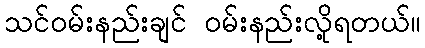
သင်ဝမ်းနည်းချင် ဝမ်းနည်းလို့ရတယ်။